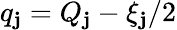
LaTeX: q_{\mathbf{j}}=Q_{\mathbf{j}}-\xi_{\mathbf{j}}/2